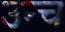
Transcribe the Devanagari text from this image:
उन्च